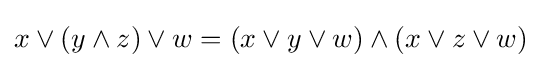
x\vee (y\wedge z)\vee w=(x\vee y\vee w)\wedge (x\vee z\vee w)